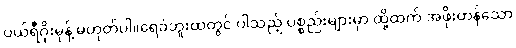
ပယ်ရီဂိုးမုန့် မဟုတ်ပါ။ရေခဲဘူးထဲတွင် ပါသည့် ပစ္စည်းများမှာ ထို့ထက် အဖိုးတန်သော